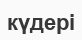
күдері